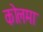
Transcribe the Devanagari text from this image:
कोलमा